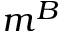
m ^ { B }